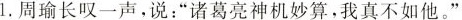
1.周瑜长叹一声，说：”诸葛亮神机妙算，我真不如他。”